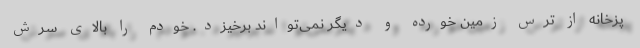
پزخانه از ترس زمین خورده و دیگر نمی‌تواند برخیزد. خودم را بالای سرش